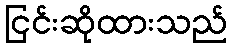
ငြင်းဆိုထားသည်